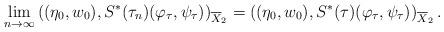
LaTeX: \begin{align*}\lim_{n\rightarrow \infty}\left( (\eta_0,w_0), S^*(\tau_n)(\varphi_{\tau},\psi_{\tau})\right)_{\overline{X}_2}&=\left( (\eta_0,w_0), S^*(\tau)(\varphi_{\tau},\psi_{\tau})\right)_{\overline{X}_2}.\end{align*}